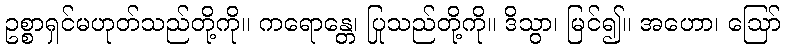
ဥစ္စာရှင်မဟုတ်သည်တို့ကို။ ကရောန္တေ၊ ပြုသည်တို့ကို။ ဒိသွာ၊ မြင်၍။ အဟော၊ ဩော်